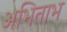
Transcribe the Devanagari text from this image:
अभिताभ